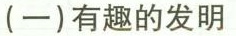
(一)有趣的发明